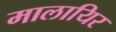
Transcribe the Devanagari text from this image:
मालायिर